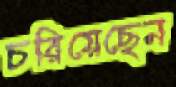
চরিয়েছেন